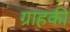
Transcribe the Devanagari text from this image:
ग्राहकी